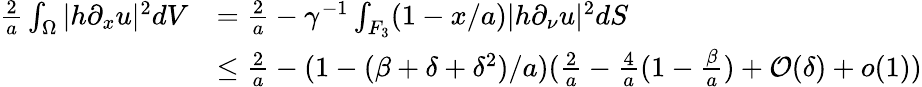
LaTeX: \begin{array}{rl}{\frac{2}{a}\int_{\Omega}|h\partial_{x}u|^{2}dV}&{=\frac{2}{a}-\gamma^{-1}\int_{F_{3}}(1-x/a)|h\partial_{\nu}u|^{2}dS}\\ &{\leq\frac{2}{a}-(1-(\beta+\delta+\delta^{2})/a)(\frac{2}{a}-\frac{4}{a}(1-\frac{\beta}{a})+{\mathcal O}(\delta)+o(1))}\end{array}